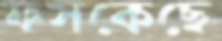
ফসকেছে